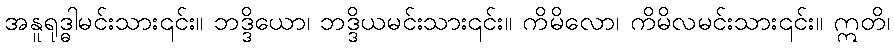
အနူရုဒ္ဓါမင်းသား၎င်း။ ဘဒ္ဒိယော၊ ဘဒ္ဒိယမင်းသား၎င်း။ ကိမိလော၊ ကိမိလမင်းသား၎င်း။ ဣတိ၊